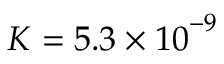
K = 5 . 3 \times { { 1 0 } ^ { - 9 } }